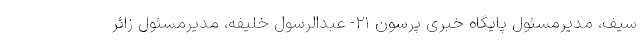
سیف، مدیرمسئول پایگاه خبری پرسون ۲۱- عبدالرسول خلیفه، مدیرمسئول زائر